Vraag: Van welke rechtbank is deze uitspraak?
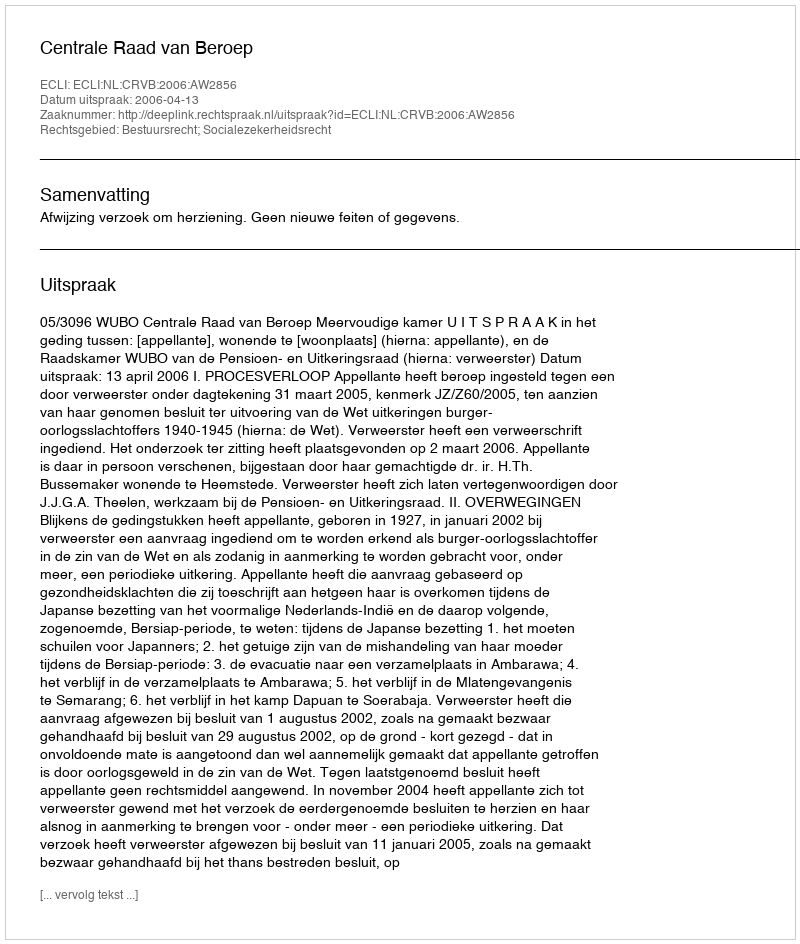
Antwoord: Centrale Raad van Beroep